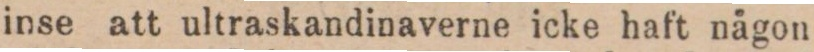
inse att ultraskandinaverne icke haft någon